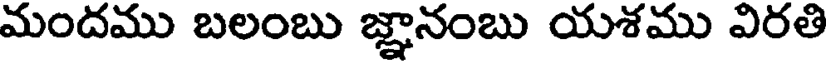
మందము బలంబు జ్ఞానంబు యశము విరతి